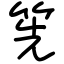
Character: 筅